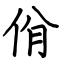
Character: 佾